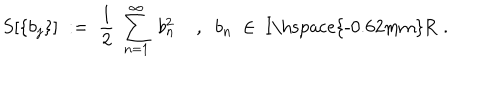
S [ \{ b _ { j } \} ] \; : = \; \frac { 1 } { 2 } \; \sum _ { n = 1 } ^ { \infty } \; b _ { n } ^ { 2 } \; , \; \; b _ { n } \; \in \; \mathrm { I \hspace { - 0 . 6 2 m m } R } \; .